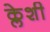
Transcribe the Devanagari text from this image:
क्लेशी